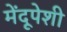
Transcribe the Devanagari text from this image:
मेंदूपेशी